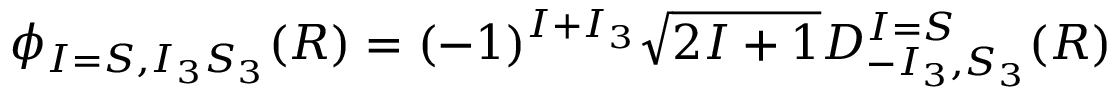
\phi _ { I = S , I _ { 3 } S _ { 3 } } ( R ) = ( - 1 ) ^ { I + I _ { 3 } } \sqrt { 2 I + 1 } D _ { - I _ { 3 } , S _ { 3 } } ^ { I = S } ( R )